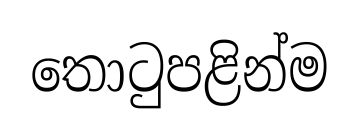
තොටුපළින්ම